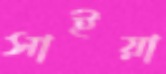
সাইয়া